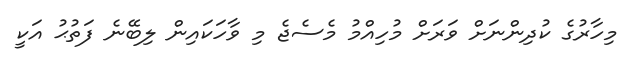
މިހާރުގެ ކުދިންނަށް ވަރަށް މުހިއްމު މެސެޖެ މި ވާހަކައިން ލިބޭނެ ފަތުޙު އަކީ